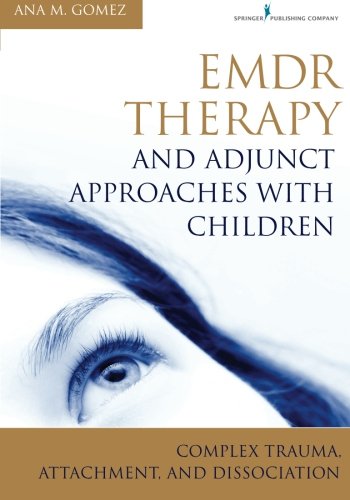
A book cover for EMDR Therapy and Adjunct Approaches with Children: Complex Trauma, Attachment, and Dissociation; Ana Gomez MC  LPC; Health, Fitness & Dieting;